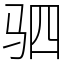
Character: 驷